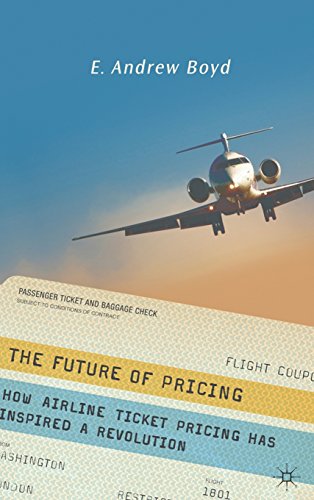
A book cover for The Future of Pricing: How Airline Ticket Pricing Has Inspired a Revolution; E. Andrew Boyd; Business & Money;